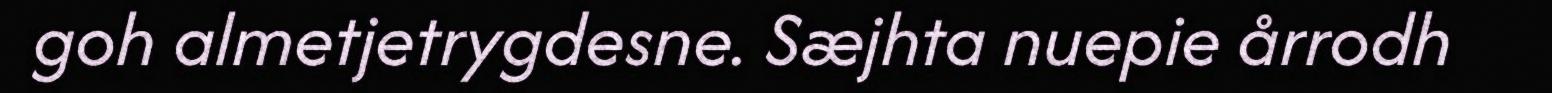
goh almetjetrygdesne. Sæjhta nuepie årrodh